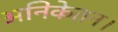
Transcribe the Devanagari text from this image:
अनिकेतन।